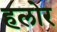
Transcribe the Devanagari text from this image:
हलोर